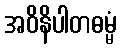
အဝိနိပါတဓမ္မံ